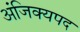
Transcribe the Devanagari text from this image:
अंजिक्यपद